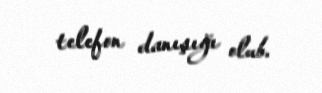
telefon danışığı olub.